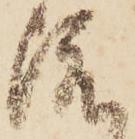
渡